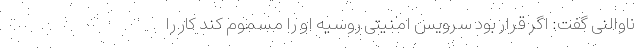
ناوالنی گفت: اگر قرار بود سرویس امنیتی روسیه او را مسموم کند کار را